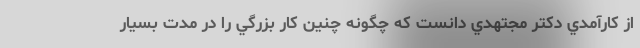
از كارآمدي دكتر مجتهدي دانست كه چگونه چنين كار بزرگي را در مدت بسيار